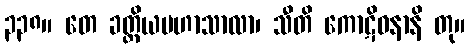
၃၃၈။ တေ ခတ္တိယမဟာသာလာ၊ သီတိ ကောဋိဓနာနိ တု။